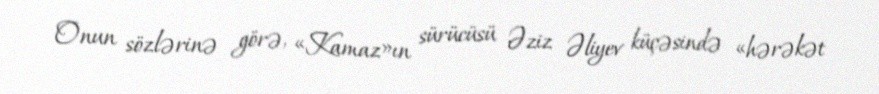
Onun sözlərinə görə, «Kamaz»ın sürücüsü Əziz Əliyev küçəsində «hərəkət